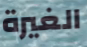
الغيرة